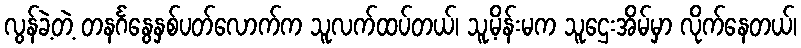
လွန်ခဲ့တဲ့ တနင်္ဂနွေနှစ်ပတ်လောက်က သူလက်ထပ်တယ်၊ သူ့မိန်းမက သူဌေးအိမ်မှာ လိုက်နေတယ်၊